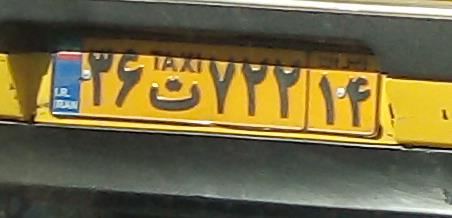
۳۶ت۷۲۲۱۴